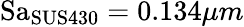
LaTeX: \mathrm{Sa}_{\mathrm{SUS430}}=0.134\mu m